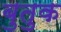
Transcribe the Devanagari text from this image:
बुतुक